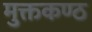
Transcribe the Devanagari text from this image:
मुक्तकण्ठ